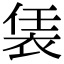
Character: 𧙨